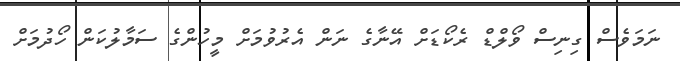
ނަމަވެސް ގިނިސް ވޯލްޑް ރެކޯޑަށް އޭނާގެ ނަން އެރުވުމަށް މީހުންގެ ސަމާލުކަން ހޯދުމަށް